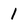
Character: 1